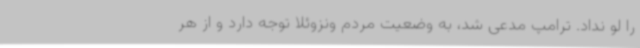
را لو نداد. ترامپ مدعی شد، به وضعیت مردم ونزوئلا توجه دارد و از هر